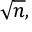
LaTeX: { \sqrt { n } } ,